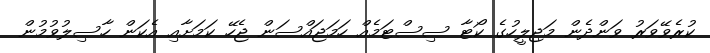
ކުރެެވޭވަރު ވަންދެން މަޖިލީހުގެ ކޯޓާ ސިސްޓަމެއް ހަމަޖައްސަން ޖެހޭ ކަމަށާއި އެކަން ހާސިލުވުމުން